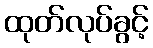
ထုတ်လုပ်ခွင့်